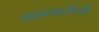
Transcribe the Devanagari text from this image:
शाकम्बरीदेवी